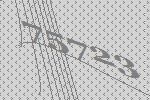
75723